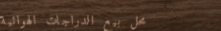
محل بيع الدراجات الهوائية